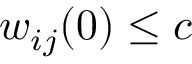
w _ { i j } ( 0 ) \leq c